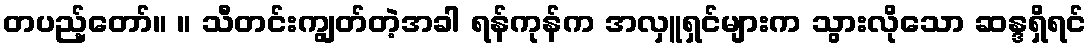
တပည့်တော်။ ။ သီတင်းကျွတ်တဲ့အခါ ရန်ကုန်က အလှူရှင်များက သွားလိုသော ဆန္ဒရှိရင်